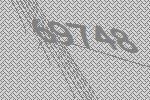
69748